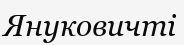
Януковичті